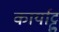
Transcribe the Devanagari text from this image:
कार्याट्टु